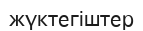
жүктегіштер